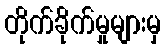
တိုက်ခိုက်မှုများမှ